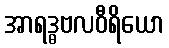
အာရဒ္ဓဗလဝီရိယော